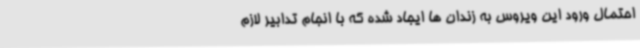
احتمال ورود این ویروس به زندان ها ایجاد شده که با انجام تدابیر لازم